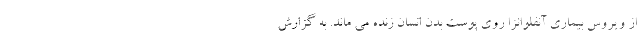
از ویروس بیماری آنفلوانزا روی پوست بدن انسان زنده می ماند. به گزارش